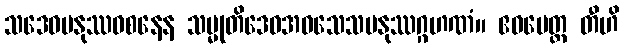
သဒေဝမနုဿဝစနေန သမ္မုတိဒေဝအဝသေသမနုဿဂ္ဂဟဏံ။ ဧဝမေတ္ထ တီဟိ